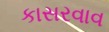
કાસરવાવ